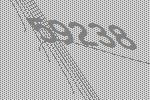
59238